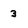
Character: 3